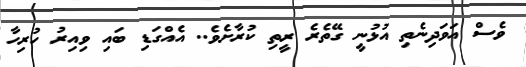
ވެސް އަވަދިނެތި އުޅުނީ ގޭތެރެ ރީތި ކުރާށެވެ.. އެއްގަޑި ބައި ވިއިރު ހުރިހާ